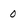
Character: 0